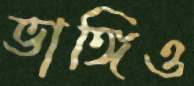
ভাঙ্গিও